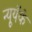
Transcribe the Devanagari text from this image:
न्यूयॅर्क